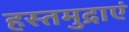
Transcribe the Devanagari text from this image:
हस्तमुद्राएं